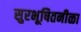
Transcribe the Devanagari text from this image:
सुरभूषितनीळा